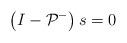
LaTeX: \begin{align*}\left(I-\mathcal{P}^-\right) s=0 \end{align*}